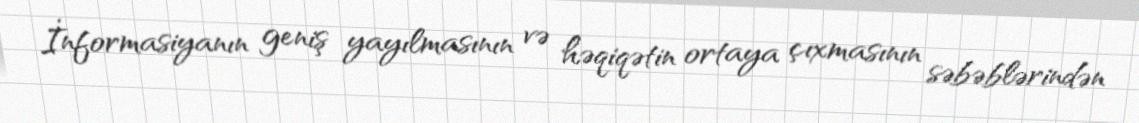
İnformasiyanın geniş yayılmasının və həqiqətin ortaya çıxmasının səbəblərindən